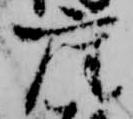
座